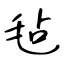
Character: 毡